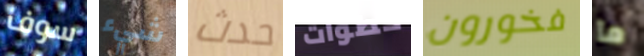
سوف شيء حدث خطوات فخورون ما